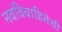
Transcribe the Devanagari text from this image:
नवविवाहितेची